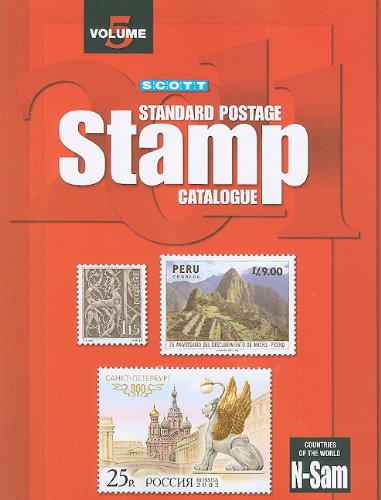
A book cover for Scott 2011 Standard Postage Stamp Catalogue, Vol. 5: Countries of the World- N-Sam; Crafts, Hobbies & Home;